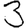
Digit: 3